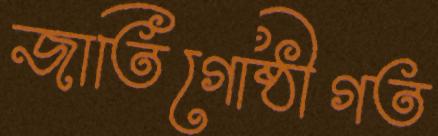
জাতিগোষ্ঠীগত